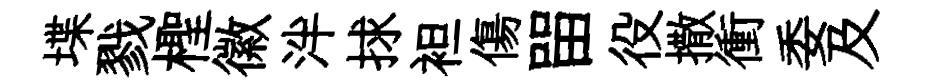
堞戮檉徽泮捄袒傷㽞役撒衝委及